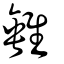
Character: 𨿠